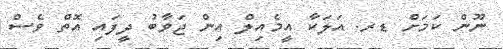
ނޫން ކަމަށް ޑރ. އަލަކާ އީމެއިލް އިން ޖަވާބު ދީފައި އޮތް ވެސް